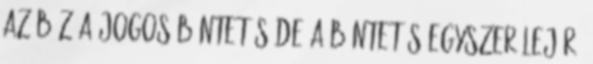
az bíz’a jogos büntetés de a büntetés egyszer lejár.